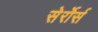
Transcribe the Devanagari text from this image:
सेर्रोर्स